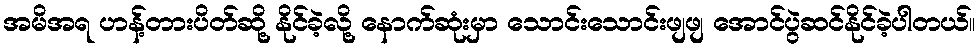
အမိအရ ဟန့်တားပိတ်ဆို့ နိုင်ခဲ့လို့ နောက်ဆုံးမှာ သောင်းသောင်းဖျဖျ အောင်ပွဲဆင်နိုင်ခဲ့ပါတယ်။